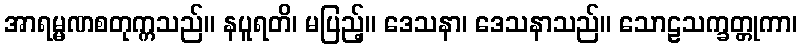
အာရမ္မဏစတုက္ကသည်။ နပူရတိ၊ မပြည့်။ ဒေသနာ၊ ဒေသနာသည်။ သောဠသက္ခတ္တုကာ၊